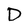
Character: D